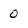
Character: 0